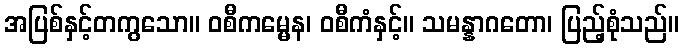
အပြစ်နှင့်တကွသော။ ဝစီကမ္မေန၊ ဝစီကံနှင့်။ သမန္နာဂတော၊ ပြည့်စုံသည်။